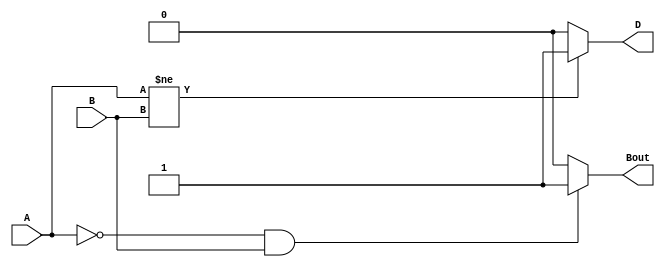
module half(output reg D,Bout,input A,B);
   always @(A or B)begin
   //Difference
   if( A != B )
   begin
      D=1'b1;
   end
   else
      D=1'b0;
      //Borrow
	if(A==1'b0&B==1'b1)
	begin
	Bout=1'b1;
	end
	else
	Bout=1'b0;
   end
endmodule
  
module half_tb;
  reg A,B;
  wire D,Bout;
  half i(D,Bout,A,B);
  initial begin
	  A=0;B=0;
	  #1 A=0;B=1;
	  #1 A=1;B=0;
	  #1 A=1;B=1;
  end
  initial begin
	//$display("Half Subtractor Truth Table");
  	$monitor("%t|A=%d|B=%d|D=%d|Bout=%d",$time,A,B,D,Bout);
  end
endmodule